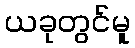
ယခုတွင်မူ